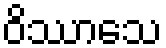
ဝိဿာသေ